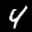
Label: 4